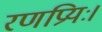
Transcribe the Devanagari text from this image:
रणप्रियः।